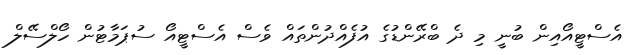
އެސްޓީއޯއިން ބުނީ މި ދެ ބްރޭންޑުގެ އުފެއްދުންތައް ވެސް އެސްޓީއޯ ސުޕަމާޓުން ހޯލްސޭލް